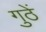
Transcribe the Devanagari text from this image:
गुठें